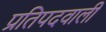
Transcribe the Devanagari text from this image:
प्रतिपदवाली